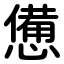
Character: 憊